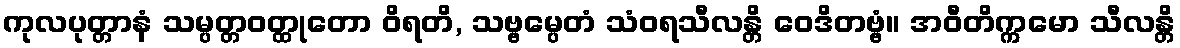
ကုလပုတ္တာနံ သမ္ပတ္တဝတ္ထုတော ဝိရတိ, သဗ္ဗမ္ပေတံ သံဝရသီလန္တိ ဝေဒိတဗ္ဗံ။ အဝီတိက္ကမော သီလန္တိ